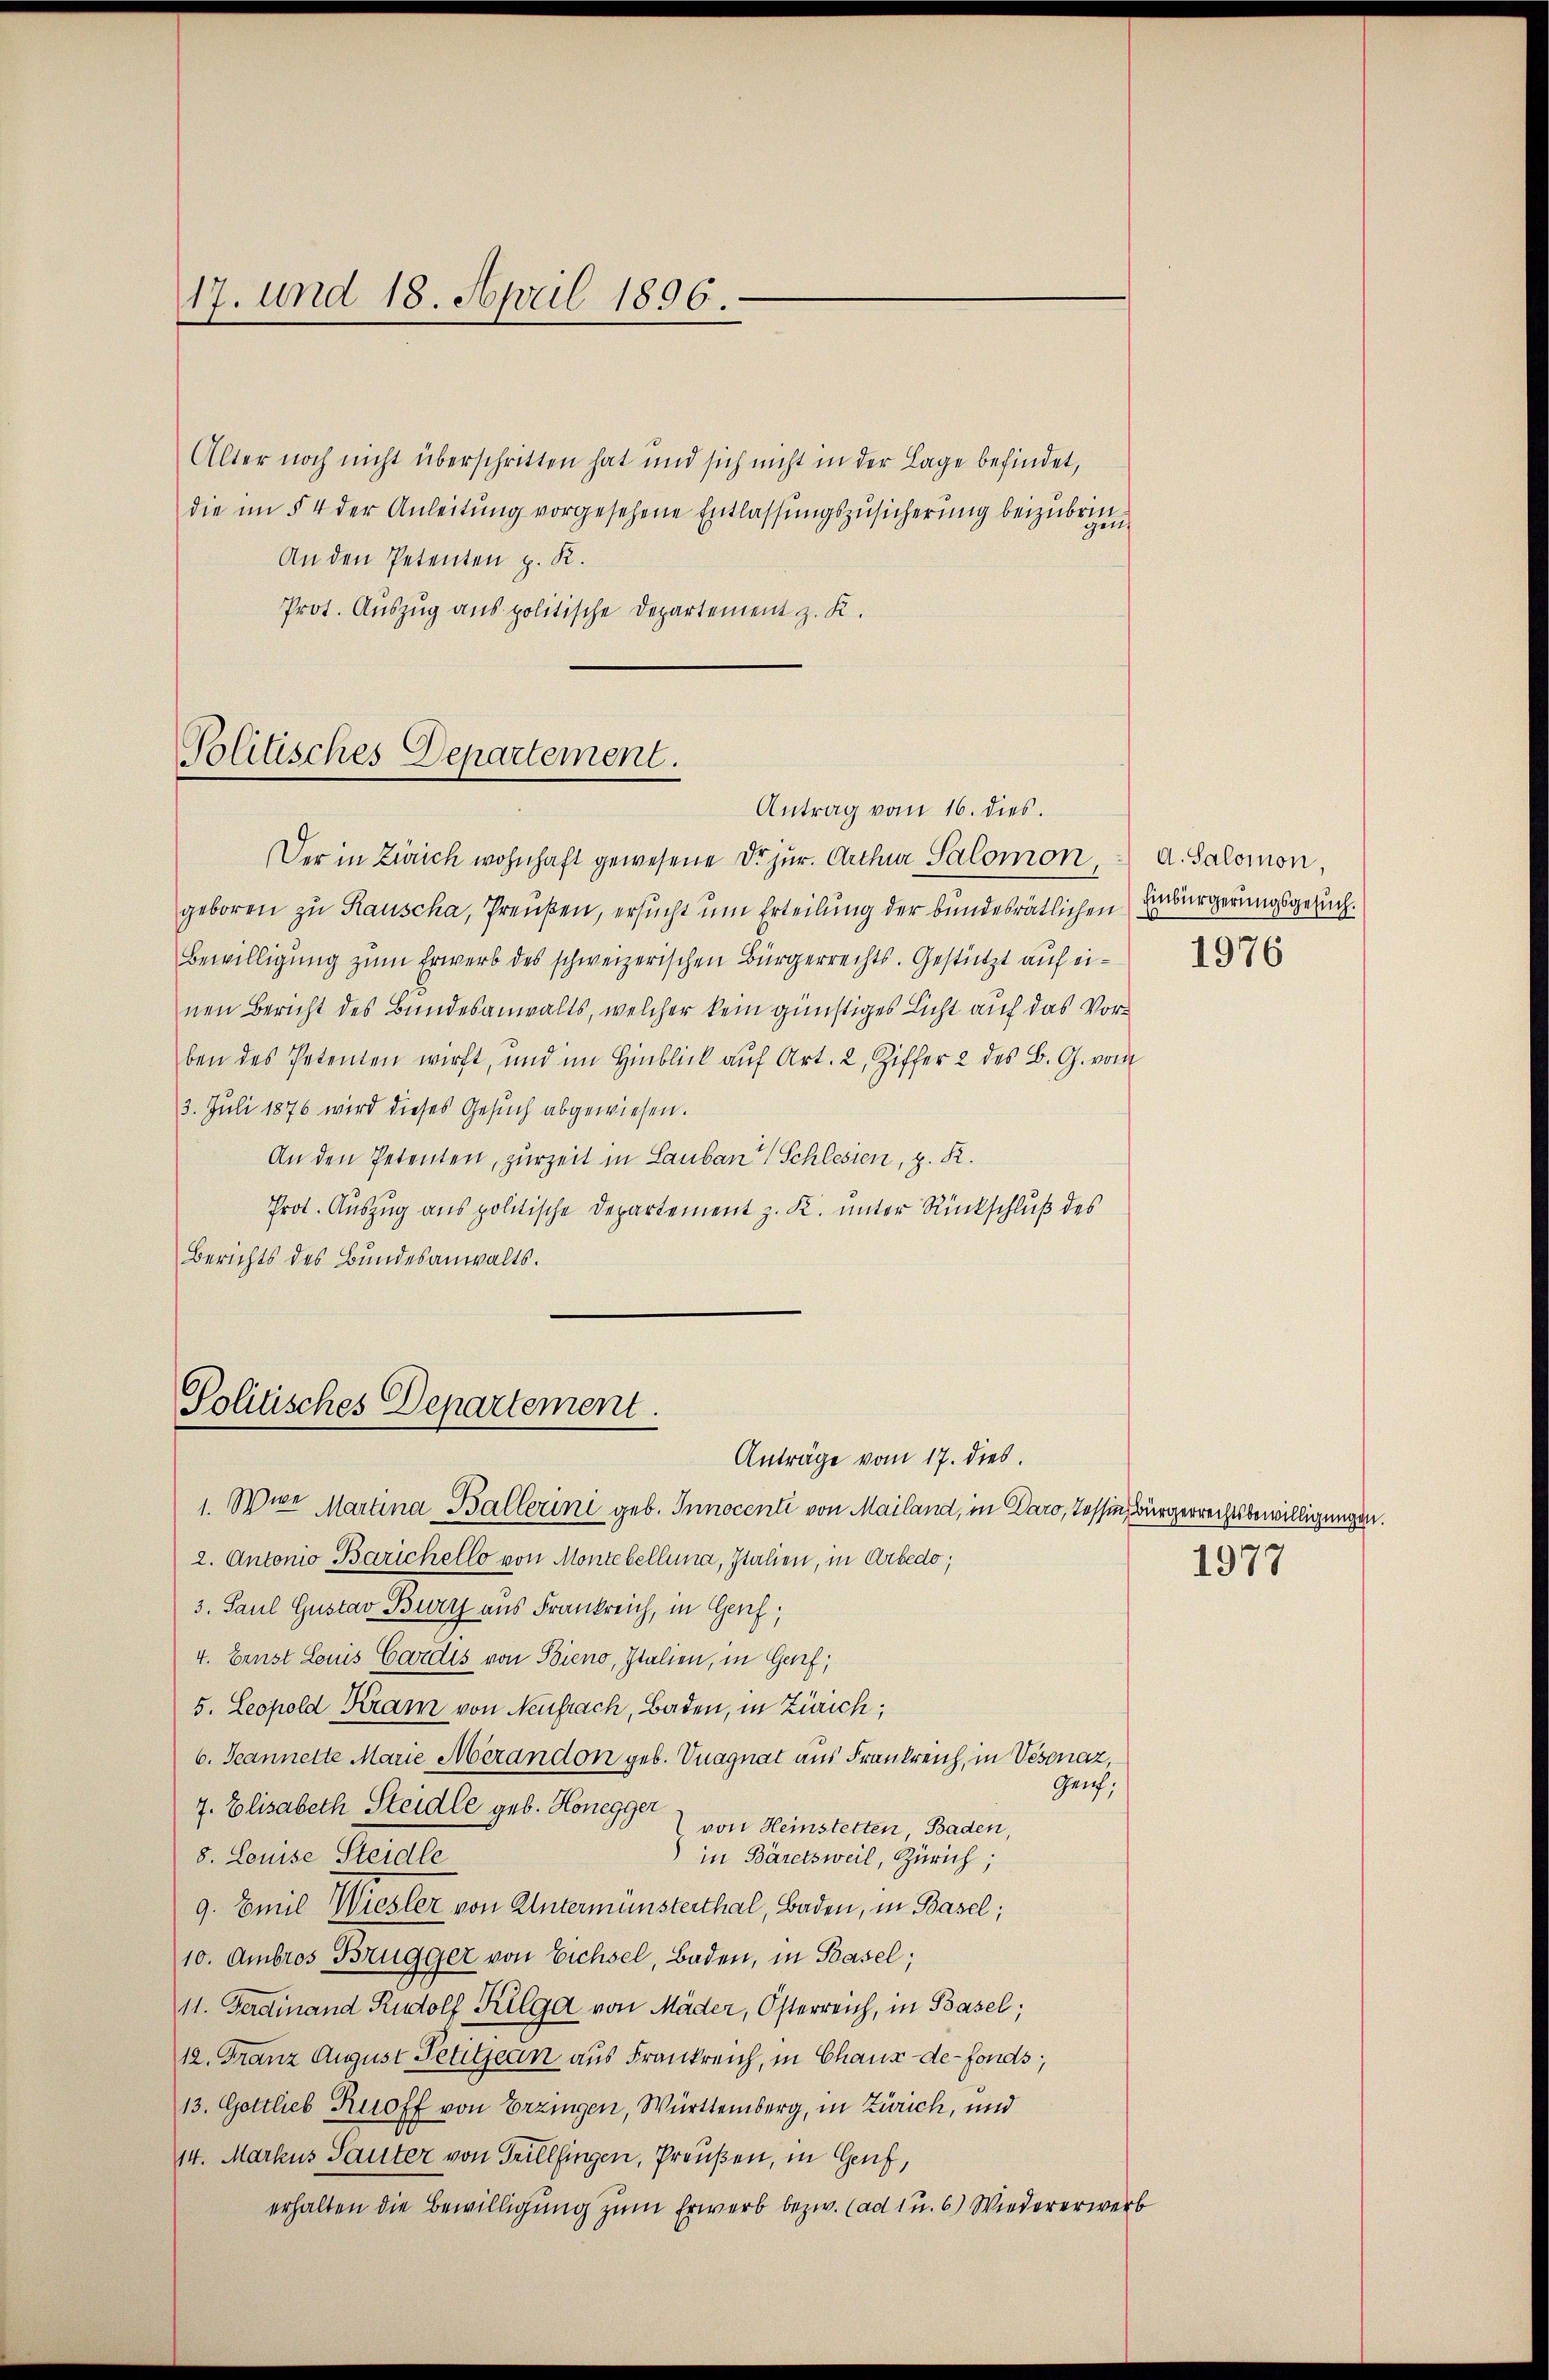
17. und 18. April 1896.

Alter noch nicht überschritten hat und sich nicht in der Lage befindet,
die im § 4 der Anleitung vorgesehene Entlassungszusicherung beizubringen
An den Petenten p. K.
Prot. Auszug aus politische Departement z. K.

Politisches Departement.

Antrag vom 16. dies.
Der in Zürich wohnhaft gewesene Dr. jur. Artha Salomon
geboren zu Rauscha, Preußen, ersucht um Erteilung der bundesrätlichen Einbürgerungsgesuch¬
Bewilligŭng zŭm Erwerb des schweizerischen Bürgerrechts. Gestützt aŭf ei-
nen Bericht des Bundesanwalts, welcher kein günstiges Licht auf das Vorben des Petenten wirft, und im Hinblick aŭf Art. 2, Ziffer 2 des B. G. vom
3. Juli 1876 wird dieses Gesuch abgewiesen.
An den Petenten, zur Zeit in Lauban Schlesien, z. R.
Prot. Auszug aus politische Departement z. K. unter Rückschluß des
Berichts des Bundesanwalts.

Politisches Departement.

Anträge vom 17. dies.
1. Wien Martina Ballerini geb. Innocenti von Mailand, in Daro, Tessin, Bürgerrechtsbewilligungen.
2. Antonio Barichello von Montebellung, Italien, in Arbedo;
3. Paul Gustav Burg aus Frankreich, in Genf,
4. Ernst Louis Cardes von Bieno, Italien, in Genf,
5. Leopold Kram von Neufrach, Baden, in Zürich,
6. Jeannelte Marie Merandon geb. Vuagnat aus Frankreich, in Vésonaz,
Genf;
7. Elisabeth Steidle geb. Honegger
 von Heinstetten, Baden,
v. Lorie Rechte
" in Bäretsweil, Zürich;
9. Emil Wiesler von Untermünsterthal, Baden, in Basel;
10. Ambros Brugger von Eichsel, Baden, in Basel;
11. Ferdinand Rudolf Kilga von Mäder, Österreich, in Basel;
12. Franz August Petitjean aus Frankreich, in Chaux-de-Fonds;
13. Gottlieb Rioff von Erzingen, Württemberg, in Zürich, und
14. Markus Sauter von Trüllfingen, Preußen, in Genf,
erhalten die Bewilligung zum Erwerb bezw. (ad 1 u. 6) Wiedererwerb

d. Salomon,

1977